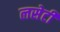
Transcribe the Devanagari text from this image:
लसेटी